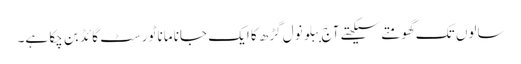
سالوں تک گھومتے سیکھتے آج ببلو نول گڑھ کا ایک جانا مانا ٹورسٹ گائڈ بن چکا ہے۔